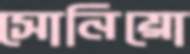
সোনিয়ো